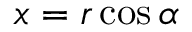
x = r \cos \alpha